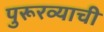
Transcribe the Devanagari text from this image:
पुरूरव्याची